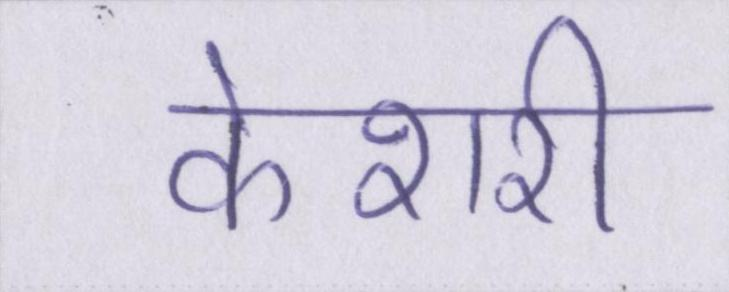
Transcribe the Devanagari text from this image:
केशरी